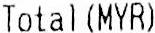
TOTAL(MYR)